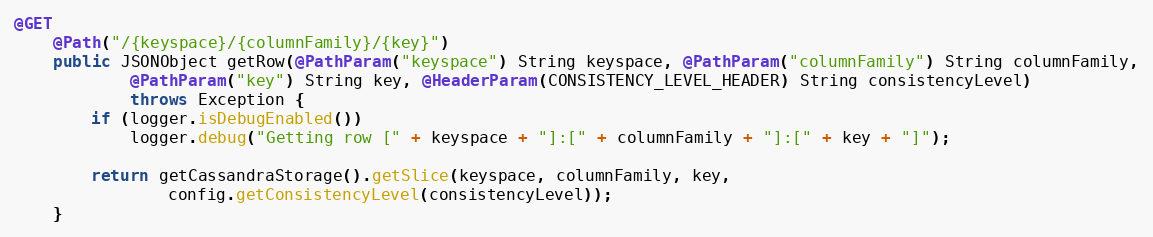
Language: Java
@GET
	@Path("/{keyspace}/{columnFamily}/{key}")
	public JSONObject getRow(@PathParam("keyspace") String keyspace, @PathParam("columnFamily") String columnFamily,
			@PathParam("key") String key, @HeaderParam(CONSISTENCY_LEVEL_HEADER) String consistencyLevel)
			throws Exception {
		if (logger.isDebugEnabled())
			logger.debug("Getting row [" + keyspace + "]:[" + columnFamily + "]:[" + key + "]");

		return getCassandraStorage().getSlice(keyspace, columnFamily, key,
				config.getConsistencyLevel(consistencyLevel));
	}